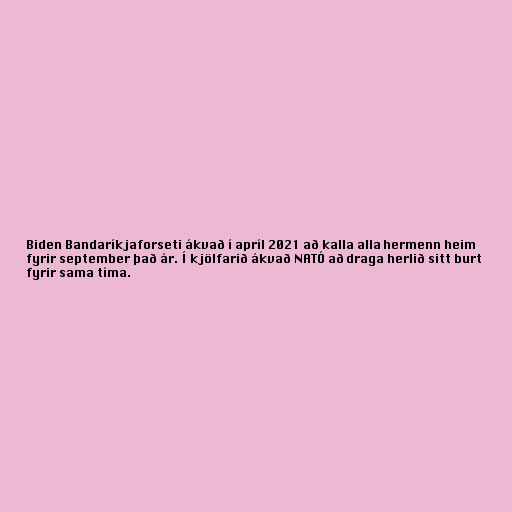
Biden Bandaríkjaforseti ákvað í apríl 2021 að kalla alla hermenn heim
fyrir september það ár. Í kjölfarið ákvað NATÓ að draga herlið sitt burt
fyrir sama tíma.